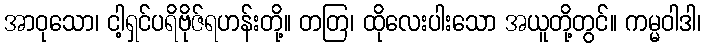
အာဝုသော၊ ငါ့ရှင်ပရိဗိုဇ်ရဟန်းတို့။ တတြ၊ ထိုလေးပါးသော အယူတို့တွင်။ ကမ္မဝါဒါ၊